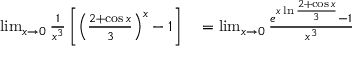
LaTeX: \begin{array} { r l } { \operatorname* { l i m } _ { x \to 0 } { \frac { 1 } { x ^ { 3 } } } \left[ \left( { \frac { 2 + \cos x } { 3 } } \right) ^ { x } - 1 \right] } & { { } = \operatorname* { l i m } _ { x \to 0 } { \frac { e ^ { x \ln { \frac { 2 + \cos x } { 3 } } } - 1 } { x ^ { 3 } } } } \end{array}